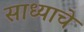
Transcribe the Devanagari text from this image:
साध्याचे